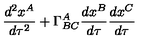
\frac { d ^ { 2 } x ^ { A } } { d \tau ^ { 2 } } + \Gamma _ { B C } ^ { A } \frac { d x ^ { B } } { d \tau } \frac { d x ^ { C } } { d \tau }